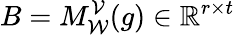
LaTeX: B=M_{\mathcal{W}}^{\mathcal{V}}(g)\in\mathbb{R}^{r\times t}